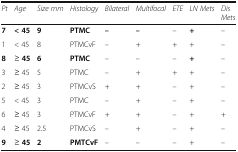
| Pt | Age | Size mm | Histology | Bilateral | Multifocal | ETE | LN Mets | DisMets |
 | --- | --- | --- | --- | --- | --- | --- | --- | --- |
 | 7 | < 45 | 9 | PTMC | – | – | – | + | – |
 | 1 | < 45 | 8 | PTMCvF | – | + | + | + | – |
 | 8 | ≥ 45 | 6 | PTMC | – | – | – | + | – |
 | 3 | ≥ 45 | 5 | PTMC | – | + | + | + | – |
 | 2 | ≥ 45 | 3 | PTMCvS | + | + | – | + | – |
 | 5 | < 45 | 3 | PTMC | – | + | – | + | – |
 | 6 | ≥ 45 | 3 | PTMCvF | + | + | – | + | + |
 | 4 | ≥ 45 | 2.5 | PTMCvS | – | + | – | + | – |
 | 9 | ≥ 45 | 2 | PMTCvF | – | – | – | + | – |